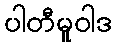
ပါတီမူဝါဒ